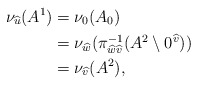
\begin{align*} \nu_{\widehat{u}}(A^{1}) ={} & \nu_{0}(A_{0}) \\ ={} & \nu_{\widehat{w}}(\pi_{\widehat{w}\widehat{v}}^{-1}(A^{2}\setminus 0^{\widehat{v}})) \\ ={} & \nu_{\widehat{v}}(A^{2}) , \end{align*}